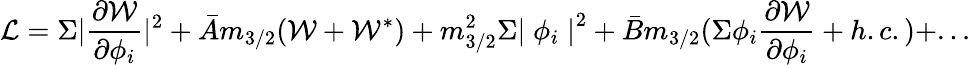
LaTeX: {\cal L}=\Sigma|\frac{\partial{\cal W}}{\partial\phi_{i}}|^{2}+\bar{A}m_{3/2}({\cal W}+{\cal W}^{*})+m_{3/2}^{2}\Sigma{\mid\phi_{i}\mid}^{2}+\bar{B}m_{3/2}(\Sigma\phi_{i}\frac{\partial{\cal W}}{\partial\phi_{i}}+h.c.)+...